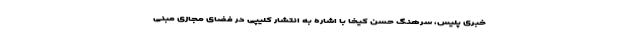
خبری پلیس، سرهنگ حسن کیخا با اشاره به انتشار کلیپی در فضای مجازی مبنی